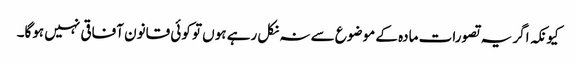
کیونکہ اگر یہ تصورات مادہ کے موضوع سے نہ نکل رہے ہوں تو کوئی قانون آفاقی نہیں ہوگا۔